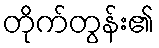
တိုက်တွန်း၏